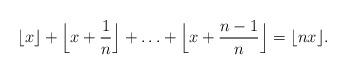
LaTeX: \begin{align*} \lfloor x \rfloor + \Big\lfloor x + \frac1n \Big\rfloor + \ldots + \Big\lfloor x + \frac{n-1}n \Big\rfloor = \lfloor nx \rfloor. \end{align*}